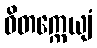
ဝိတက္ကေယျံ